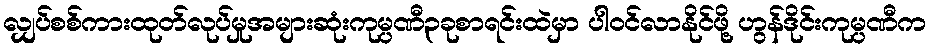
လျှပ်စစ်ကားထုတ်လုပ်မှုအများဆုံးကုမ္ပဏီ၃ခုစာရင်းထဲမှာ ပါဝင်လာနိုင်ဖို့ ဟွန်ဒိုင်းကုမ္ပဏီက